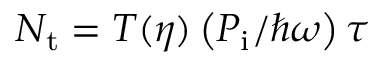
N _ { \mathrm { t } } = T ( \eta ) \left( P _ { \mathrm { i } } / \hbar \omega \right) \tau